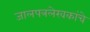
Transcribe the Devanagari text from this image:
जालपत्रलेखकांचे